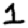
Digit: 1